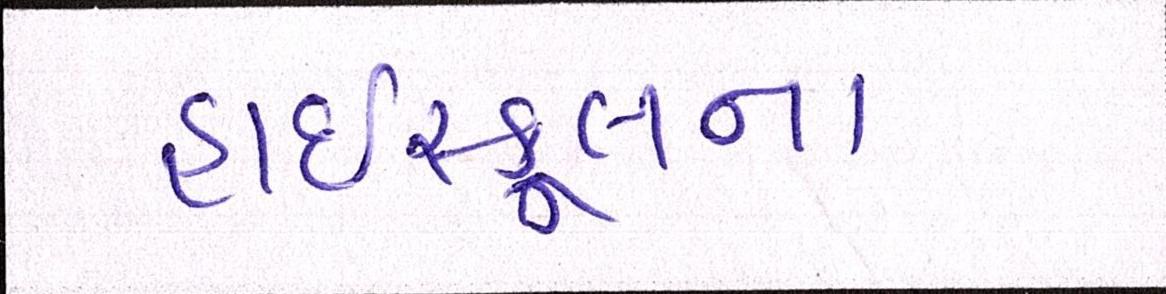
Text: હાઇસ્કુલના